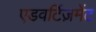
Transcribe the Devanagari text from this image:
एडवर्टिज़मेंट